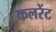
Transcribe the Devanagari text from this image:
कलरेंट